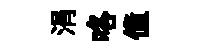
涓咯僮